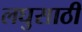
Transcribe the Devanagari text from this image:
लघुसाठी